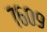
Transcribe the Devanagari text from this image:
७६०९